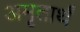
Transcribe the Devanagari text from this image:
अमृतार्थं